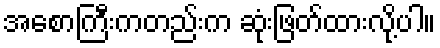
အစောကြီးကတည်းက ဆုံးဖြတ်ထားလို့ပါ။